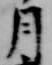
月